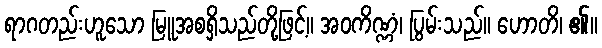
ရာဂတည်းဟူသော မြူအစရှိသည်တို့ဖြင့်။ အဝကိဏ္ဏံ၊ ပြွမ်းသည်။ ဟောတိ၊ ၏။